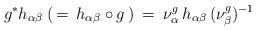
LaTeX: \begin{align*}g^* h_{\alpha \beta} \: (\, = \, h_{\alpha \beta} \circ g \, ) \: = \:\nu^g_{\alpha} \, h_{\alpha \beta} \, (\nu^g_{\beta})^{-1}\end{align*}